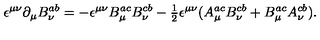
\epsilon ^ { \mu \nu } { \partial } _ { \mu } B _ { \nu } ^ { a b } = - \epsilon ^ { \mu \nu } B _ { \mu } ^ { a c } B _ { \nu } ^ { c b } - { \textstyle \frac 1 2 } \epsilon ^ { \mu \nu } ( A _ { \mu } ^ { a c } B _ { \nu } ^ { c b } + B _ { \mu } ^ { a c } A _ { \nu } ^ { c b } ) .